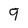
Character: 9